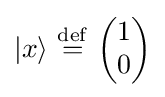
|x\rangle \ {\stackrel {\mathrm {def} }{=}}\ {\begin{pmatrix}1\\0\end{pmatrix}}